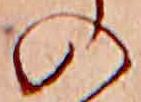
の